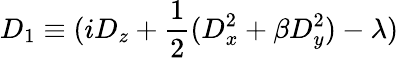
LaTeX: D_{1}\equiv(iD_{z}+\frac{1}{2}(D_{x}^{2}+\beta D_{y}^{2})-\lambda)